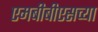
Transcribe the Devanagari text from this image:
एमबीबीएसच्या